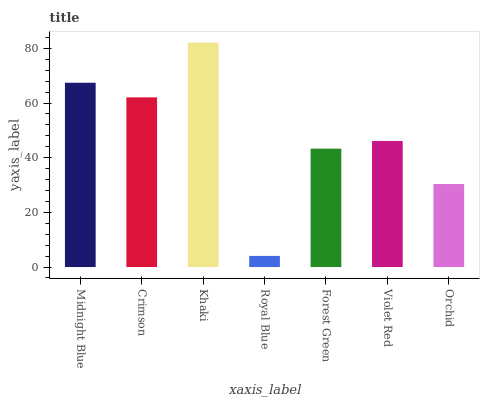
| xaxis_label | bars |
 | --- | --- |
 | Midnight Blue | 67.4 |
 | Crimson | 62.1 |
 | Khaki | 82.1 |
 | Royal Blue | 4.07 |
 | Forest Green | 43.3 |
 | Violet Red | 46.1 |
 | Orchid | 30.4 |